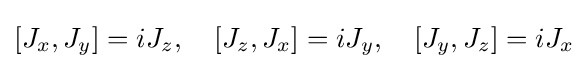
[J_{x},J_{y}]=iJ_{z},\quad [J_{z},J_{x}]=iJ_{y},\quad [J_{y},J_{z}]=iJ_{x}